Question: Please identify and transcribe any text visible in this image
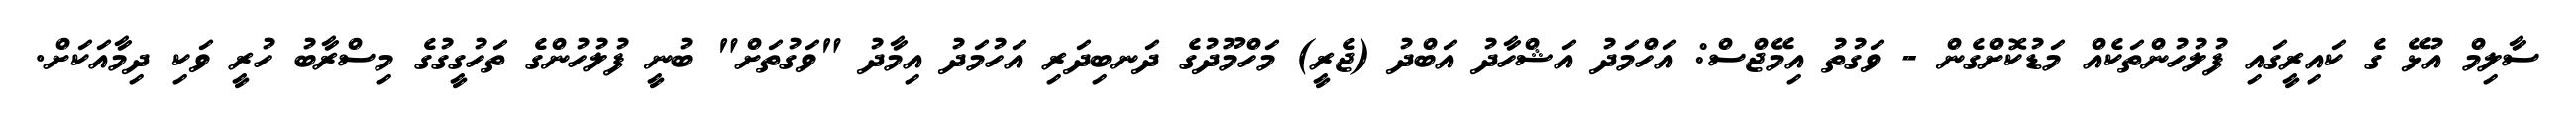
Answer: ސާލިމް އުޅޭ ގެ ކައިރީގައި ފުލުހުންތަކެއް މަޑުކޮށްގެން - ވަގުތު އިމޭޖްސް: އަހްމަދު އަޝްހާދު އަބްދު (ޖެރީ) މަހްމޫދުގެ ދަނބިދަރި އަހުމަދު އިމާދު "ވަގުތަށް" ބުނީ ފުލުހުންގެ ތަހުގީގުގެ މިސްރާބު ހުރީ ވަކި ދިމާއަކަށް.